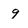
Character: 9